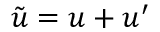
\tilde { u } = u + u ^ { \prime }